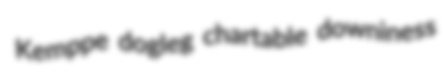
Kemppe dogleg chartable downiness